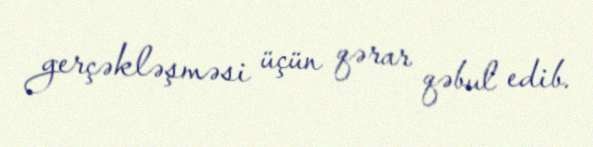
gerçəkləşməsi üçün qərar qəbul edib.